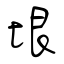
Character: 垠